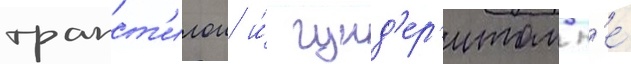
трапст'илои и́ гунд'ер'итом н'е́